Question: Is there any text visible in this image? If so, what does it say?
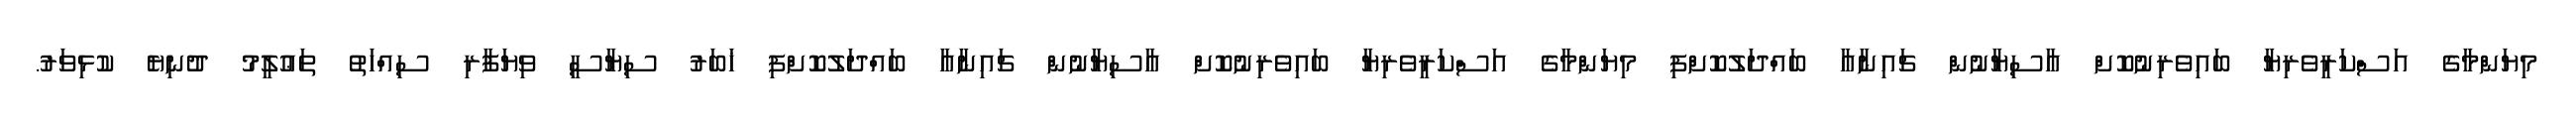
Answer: މިޔަންމާގެ އަސްކަރީވެރިޔާ ބައިވެރިނުކޮށް އާސިޔާނުން ޗައިނާއާ ބައްދަލުކޮށްފި މިޔަންމާގެ އަސްކަރީވެރިޔާ ބައިވެރިނުކޮށް އާސިޔާނުން ޗައިނާއާ ބައްދަލުކޮށްފި ޚަބަރު ސިޔާސީ ވިޔަފާރި ސިއްހަތު ތަޢުލީމު ދުނިޔެ ކުޅިވަރު.